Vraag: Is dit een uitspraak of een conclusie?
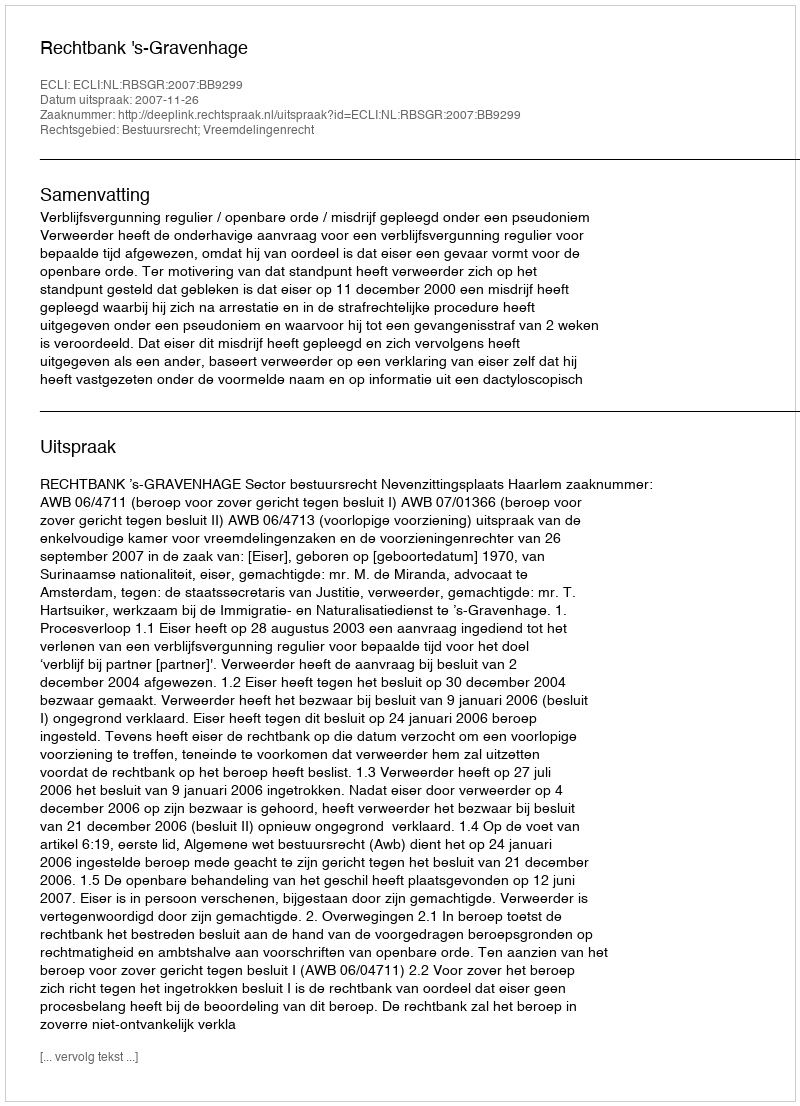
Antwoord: Uitspraak